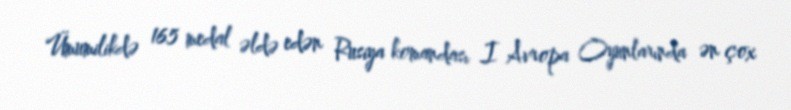
Ümumilikdə 165 medal əldə edən Rusiya komandası I Avropa Oyunlarında ən çox